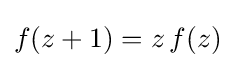
f(z+1)=z\,f(z)